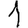
Digit: 1